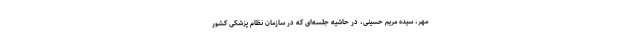
مهر، سیده مریم حسینی، در حاشیه جلسه‌ای که در سازمان نظام پزشکی کشور